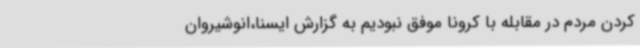
کردن مردم در مقابله با کرونا موفق نبودیم به گزارش ایسنا،انوشیروان